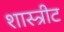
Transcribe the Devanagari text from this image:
शास्त्रीट